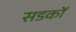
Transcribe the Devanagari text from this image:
सडकोँ